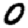
Digit: 0